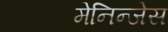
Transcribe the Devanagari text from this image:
मेनिन्जेस